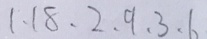
1 , 1 8 , 2 , 9 , 3 , 6